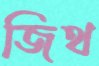
জিথ